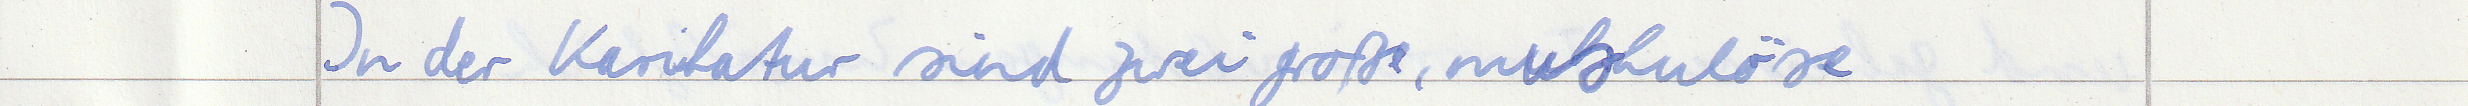
In der Karikatur sind zwei große, muskulöse